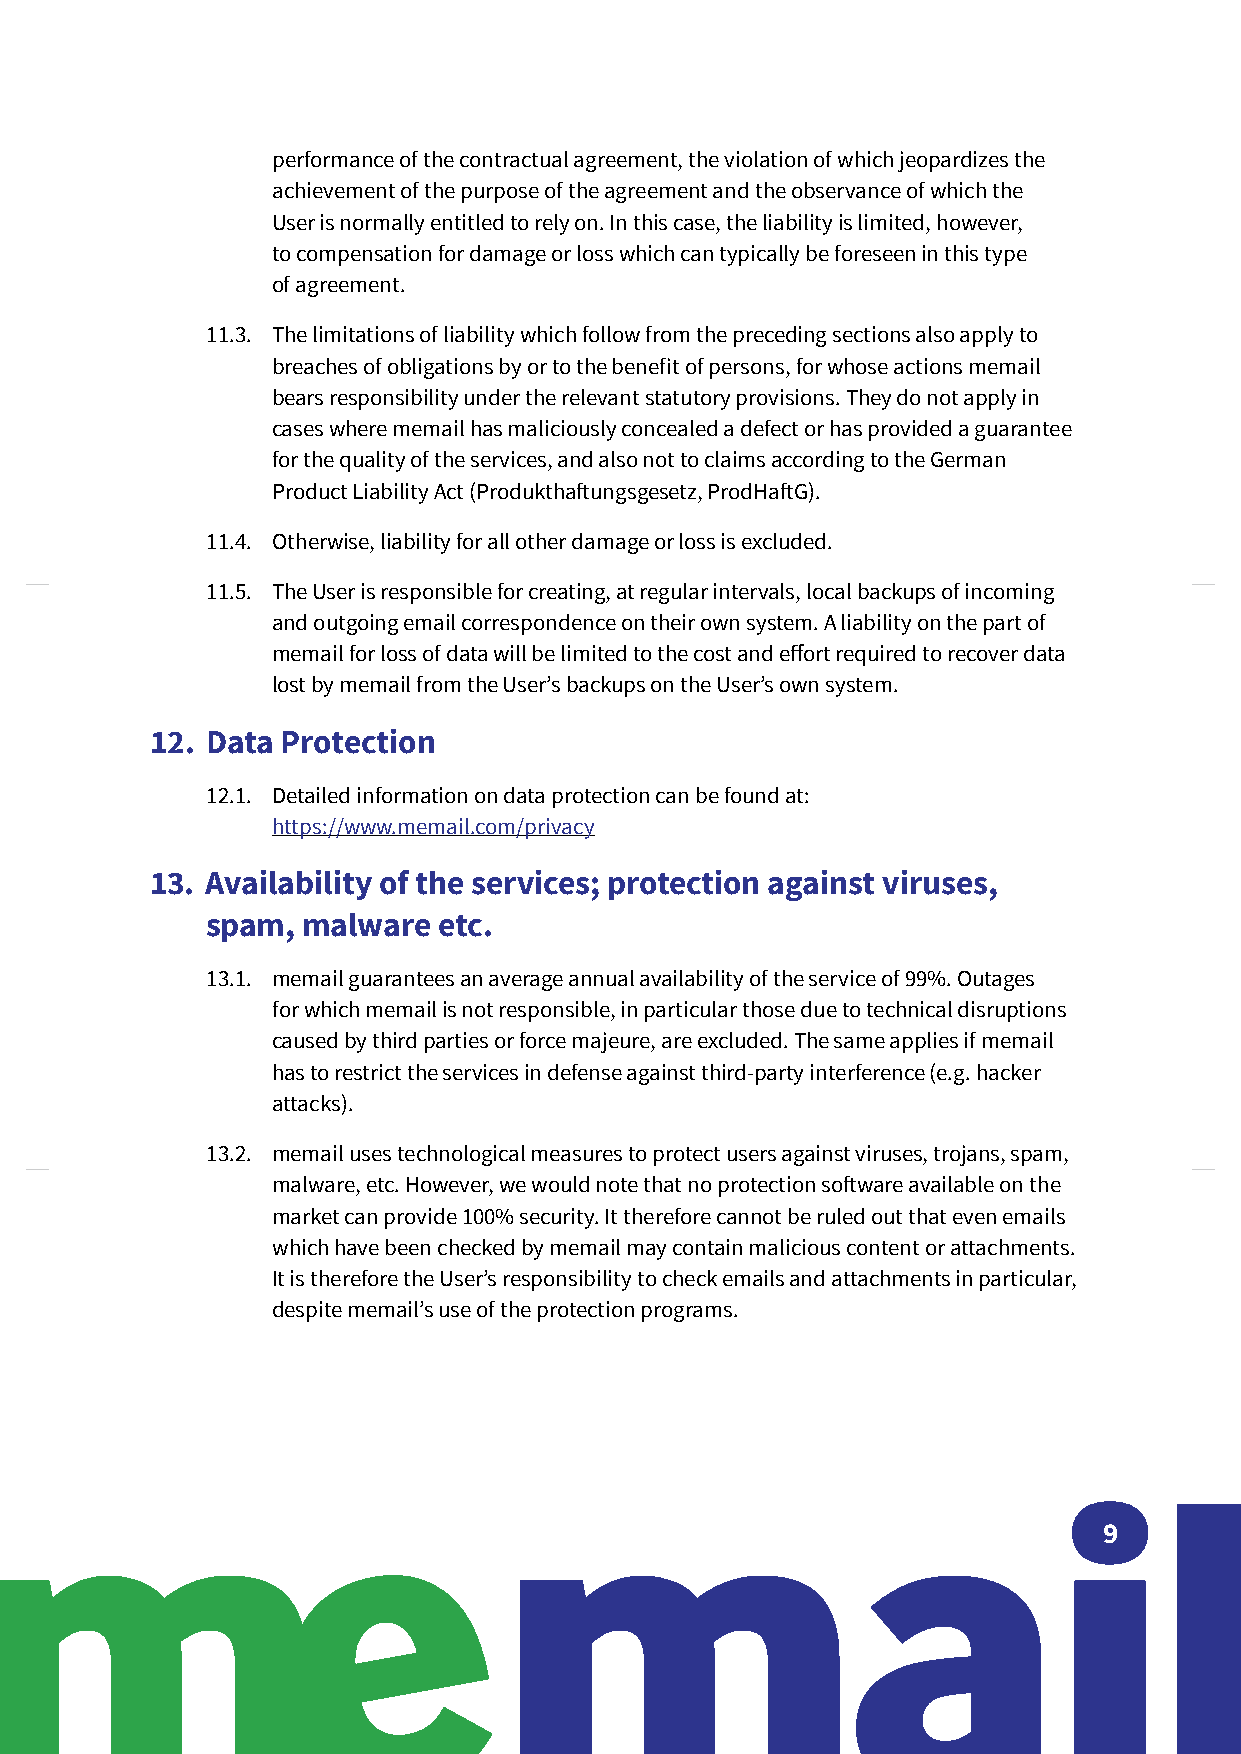
performance of the contractual agreement, the violation of which jeopardizes the
 achievement of the purpose of the agreement and the observance of which the
 User is normally entitled to rely on. In this case, the liability is limited, however,
 to compensation for damage or loss which can typically be foreseen in this type
 of agreement.
 11.3. The limitations of liability which follow from the preceding sections also apply to
 breaches of obligations by or to the bene昀椀t of persons, for whose actions memail
 bears responsibility under the relevant statutory provisions. They do not apply in
 cases where memail has maliciously concealed a defect or has provided a guarantee
 for the quality of the services, and also not to claims according to the German
 Product Liability Act (Produktha昀琀ungsgesetz, ProdHa昀琀G).
 11.4. Otherwise, liability for all other damage or loss is excluded.
 11.5. The User is responsible for creating, at regular intervals, local backups of incoming
 and outgoing email correspondence on their own system. A liability on the part of
 memail for loss of data will be limited to the cost and e昀昀ort required to recover data
 lost by memail from the User’s backups on the User’s own system.
 12. Data Protection
 12.1. Detailed information on data protection can be found at:
 https://www.memail.com/privacy
 13. Availability of the services; protection against viruses,
 spam, malware  etc.
 13.1. memail guarantees an average annual availability of the service of 99%. Outages
 for which memail is not responsible, in particular those due to technical disruptions
 caused by third parties or force majeure, are excluded. The same applies if memail
 has to restrict the services in defense against third-party interference (e.g. hacker
 attacks).
 13.2. memail uses technological measures to protect users against viruses, trojans, spam,
 malware, etc. However, we would note that no protection so昀琀ware available on the
 market can provide 100% security. It therefore cannot be ruled out that even emails
 which have been checked by memail may contain malicious content or attachments.
 It is therefore the User’s responsibility to check emails and attachments in particular,
 despite memail’s use of the protection programs.
 9